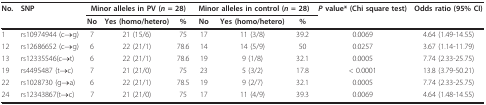
<table><thead><tr><td><b>No.</b></td><td><b>SNP</b></td><td colspan="3"><b>Minor alleles in PV (<i>n </i>= 28)</b></td><td colspan="3"><b>Minor alleles in control (<i>n </i>= 28)</b></td><td><b><i>P </i>value* (Chi square test)</b></td><td><b>Odds ratio (95% CI)</b></td></tr><tr><td></td><td></td><td><b>No</b></td><td><b>Yes (homo/hetero)</b></td><td><b>%</b></td><td><b>No</b></td><td><b>Yes (homo/hetero)</b></td><td><b>%</b></td><td></td><td></td></tr></thead><tbody><tr><td>1</td><td>rs10974944 (c→g)</td><td>7</td><td>21 (15/6)</td><td>75</td><td>17</td><td>11 (3/8)</td><td>39.2</td><td>0.0069</td><td>4.64 (1.49-14.55)</td></tr><tr><td>12</td><td>rs12686652 (c→g)</td><td>6</td><td>22 (21/1)</td><td>78.6</td><td>14</td><td>14 (5/9)</td><td>50</td><td>0.0257</td><td>3.67 (1.14-11.79)</td></tr><tr><td>13</td><td>rs12335546(c→t)</td><td>6</td><td>22 (21/1)</td><td>78.6</td><td>19</td><td>9 (1/8)</td><td>32.1</td><td>0.0005</td><td>7.74 (2.33-25.75)</td></tr><tr><td>19</td><td>rs4495487 (t→c)</td><td>7</td><td>21 (21/0)</td><td>75</td><td>23</td><td>5 (3/2)</td><td>17.8</td><td>&lt; 0.0001</td><td>13.8 (3.79-50.21)</td></tr><tr><td>22</td><td>rs1028730 (g→a)</td><td>6</td><td>22 (21/1)</td><td>78.5</td><td>19</td><td>9 (2/7)</td><td>32.1</td><td>0.0005</td><td>7.74 (2.33-25.75)</td></tr><tr><td>24</td><td>rs12343867(t→c)</td><td>7</td><td>21 (21/0)</td><td>75</td><td>17</td><td>11 (4/9)</td><td>39.3</td><td>0.0069</td><td>4.64 (1.48-14.55)</td></tr></tbody></table>